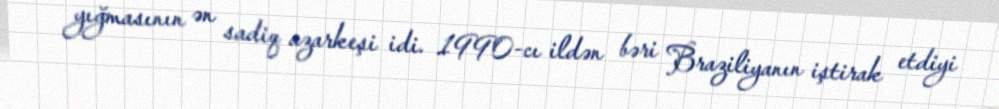
yığmasının ən sadiq azarkeşi idi. 1990-cı ildən bəri Braziliyanın iştirak etdiyi